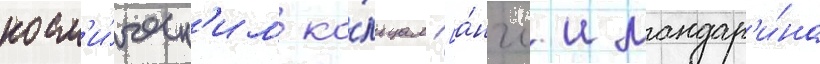
косм'и́ческ'им ко́льцам [а́нгл. мандар'и́на